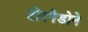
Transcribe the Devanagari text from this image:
टोरपेडोने